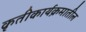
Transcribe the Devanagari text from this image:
कृतीकार्यक्रमातील